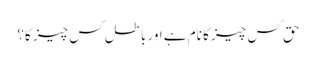
حق کس چیز کا نام ہے اور باطل کس چیز کا؟